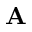
\mathbf { A }